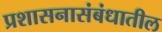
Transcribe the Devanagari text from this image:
प्रशासनासंबंधातील